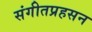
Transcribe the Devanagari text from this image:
संगीतप्रहसन